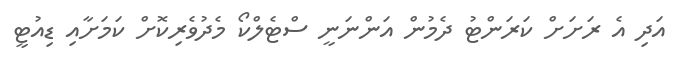
އަދި އެ ރަށަށް ކަރަންޓު ދެމުން އަންނަނީ ސްޓެލްކޯ މެދުވެރިކޮށް ކަމަށާއި ޑިއުޓީ